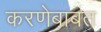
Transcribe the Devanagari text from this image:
करणेबाबत